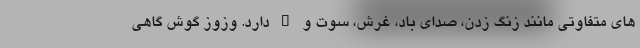
های متفاوتی مانند زنگ زدن، صدای باد، غرش، سوت و … دارد. وزوز گوش گاهی